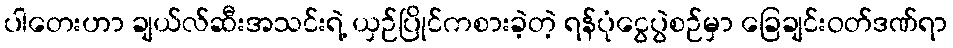
ပါတေးဟာ ချယ်လ်ဆီးအသင်းရဲ့ ယှဉ်ပြိုင်ကစားခဲ့တဲ့ ရန်ပုံငွေပွဲစဉ်မှာ ခြေချင်းဝတ်ဒဏ်ရာ